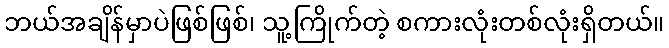
ဘယ်အချိန်မှာပဲဖြစ်ဖြစ်၊ သူ့ကြိုက်တဲ့ စကားလုံးတစ်လုံးရှိတယ်။